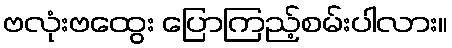
ဗလုံးဗထွေး ပြောကြည့်စမ်းပါလား။